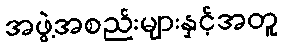
အဖွဲ့အစည်းများနှင့်အတူ